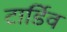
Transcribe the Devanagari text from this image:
टार्डिव